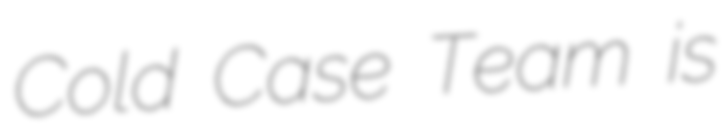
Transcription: Cold Case Team is